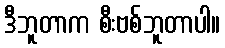
ဒီဘူတာက စီးဗစ်ဘူတာပါ။